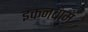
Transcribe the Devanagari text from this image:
इकनबाम